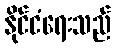
နိုင်ငံရေးသည်